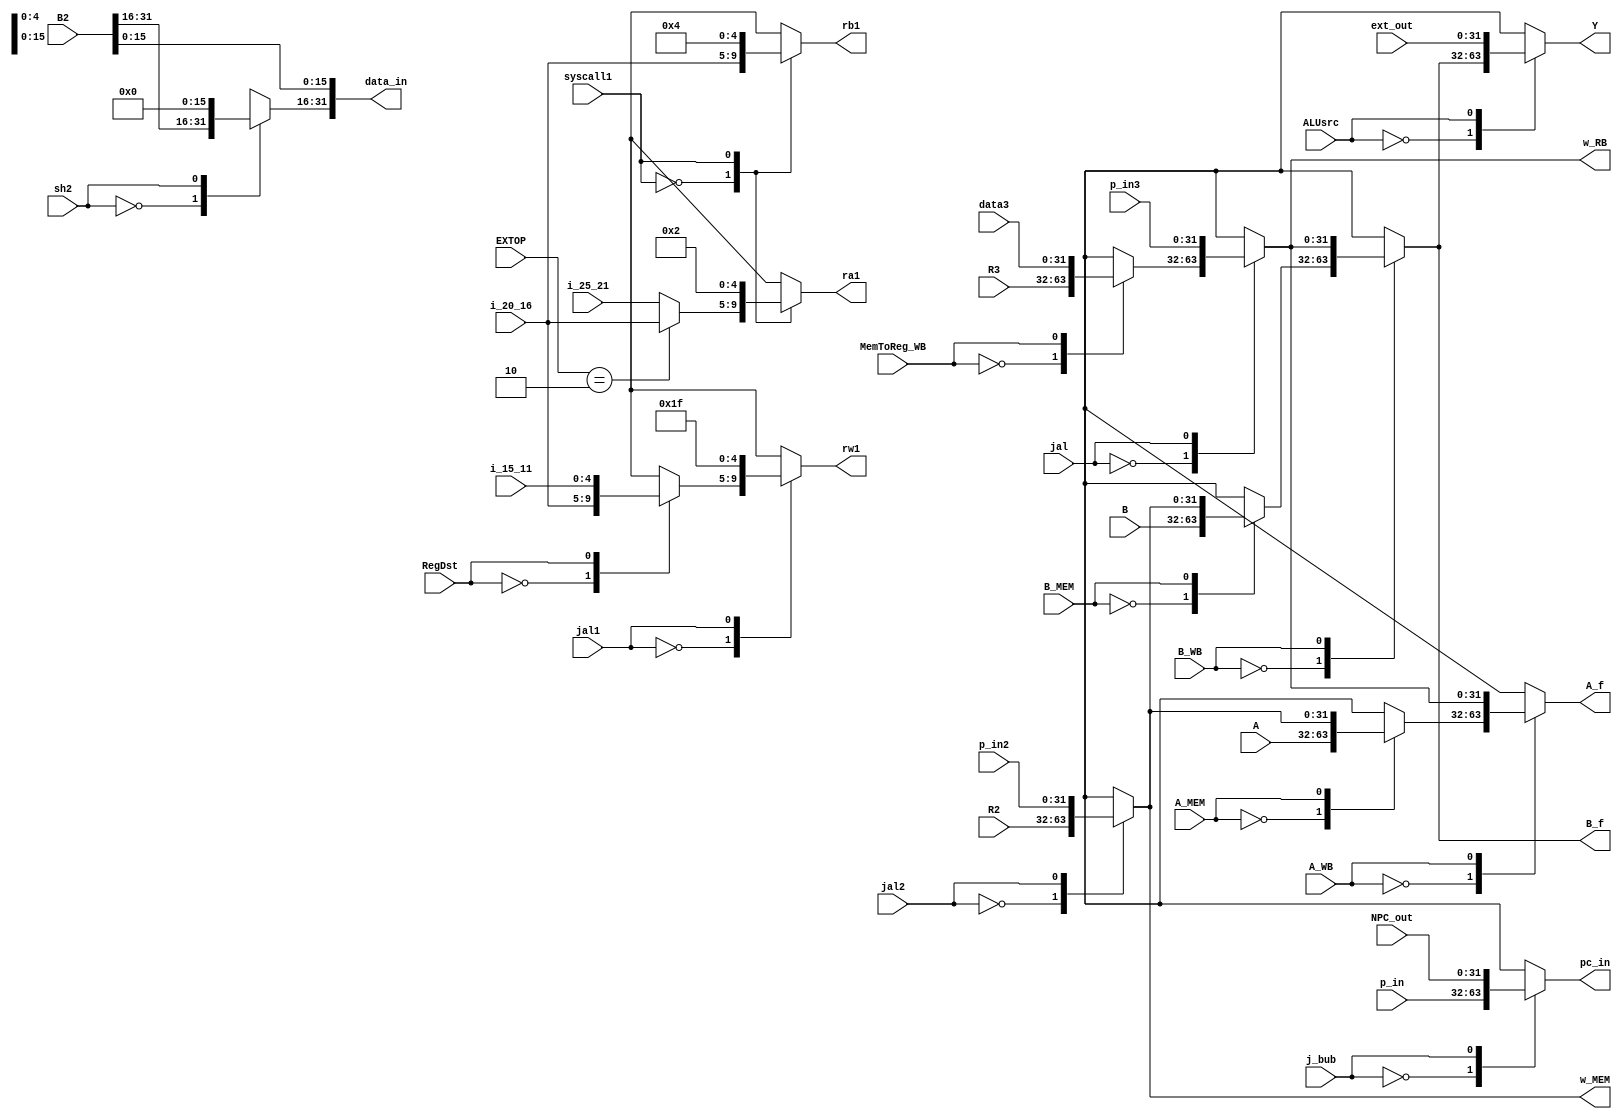
`timescale 1ns / 1ps

module MUX(p_in,NPC_out,j_bub,pc_in,
    i_25_21,i_20_16,EXTOP,//ra2
    syscall1,ra1,//ra202
    rb1,//i_20_16,04syscall1
    i_15_11,RegDst,//i_20_16
    jal1,rw1,//rw2,1f
    A,w_MEM,A_MEM,
    w_RB,A_WB,A_f,
    B,B_MEM,
    B_WB,B_f,
    ext_out,ALUsrc,Y,
    p_in2,jal2,R2,
    B2,sh2,data_in,
    R3,data3,MemToReg_WB,//w3
    jal,p_in3);

    input j_bub,syscall1,RegDst,jal,jal1,jal2,A_MEM,A_WB,B_MEM,B_WB,ALUsrc,sh2,MemToReg_WB;
    input [1:0] EXTOP;
    input [4:0] i_25_21,i_20_16,i_15_11;
    input [31:0] p_in,p_in2,p_in3,NPC_out,A,B,B2,ext_out,R2,R3,data3;
    output reg [4:0] ra1,rb1,rw1;
    output reg [31:0] pc_in,A_f,B_f,Y,w_MEM,data_in,w_RB;
    reg [4:0] ra2,rw2;
    reg [31:0] A_f1,B_f1,w3;

    initial begin
        ra1=0;
        rb1=0;
        rw1=0;
        pc_in=0;
        A_f=0;
        B_f=0;
        Y=0;
        w_MEM=0;
        data_in=0;
        w_RB=0;
        ra2=0;
        rw2=0;
        A_f1=0;
        B_f1=0;
        w3=0;
    end

    always @(*) begin
        case(j_bub)
            1'b0:pc_in<=p_in;
            1'b1:pc_in<=NPC_out;
        endcase

        if (EXTOP==2'b10)
            ra2<=i_20_16;
        else
            ra2<=i_25_21;

        case(syscall1)
            1'b0:ra1<=ra2;
            1'b1:ra1<=5'h02;
        endcase

        case(syscall1)
            1'b0:rb1<=i_20_16;
            1'b1:rb1<=5'h04;
        endcase

        case(RegDst)
            1'b0:rw2<=i_20_16;
            1'b1:rw2<=i_15_11;
        endcase

        case(jal1)
            1'b0:rw1<=rw2;
            1'b1:rw1<=5'h1f;
        endcase

        case(jal2)
            1'b0:w_MEM<=R2;
            1'b1:w_MEM<=p_in2;
        endcase

        case(MemToReg_WB)
            1'b0:w3<=R3;
            1'b1:w3<=data3;
        endcase

        case(jal)
            1'b0:w_RB<=w3;
            1'b1:w_RB<=p_in3;
        endcase

        case(A_MEM)
            1'b0:A_f1<=A;
            1'b1:A_f1<=w_MEM;
        endcase

        case(A_WB)
            1'b0:A_f<=A_f1;
            1'b1:A_f<=w_RB;
        endcase

        case(B_MEM)
            1'b0:B_f1<=B;
            1'b1:B_f1<=w_MEM;
        endcase

        case(B_WB)
            1'b0:B_f<=B_f1;
            1'b1:B_f<=w_RB;
        endcase

        case(ALUsrc)
            1'b0:Y<=B_f;
            1'b1:Y<=ext_out;
        endcase

        case(sh2)
            1'b0:data_in<=B2;
            1'b1: begin 
                data_in[15:0]<=B2[15:0];
                data_in[31:16]<=0;
            end
        endcase

    end

endmodule